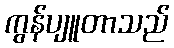
ကွန်ပျူတာသည်